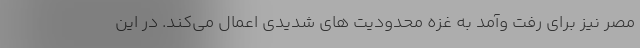
مصر نیز برای رفت وآمد به غزه محدودیت های شدیدی اعمال می‌کند. در این